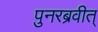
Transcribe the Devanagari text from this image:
पुनरब्रवीत्